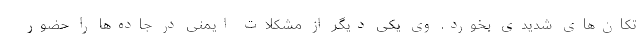
تکان‌های شدیدی بخورد. وی یکی دیگر از مشکلات ایمنی در جاده‌ها را حضور